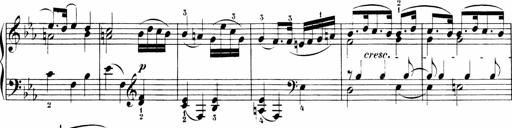
Title: Sonatinen Op.47, 98 und 136, nebst 6 Liedersonatinen
Composer: Carl Reinecke